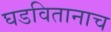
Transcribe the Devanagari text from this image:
घडवितानाच